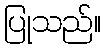
ပြုသည်။